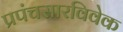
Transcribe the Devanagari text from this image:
प्रपंचसारविवेक